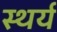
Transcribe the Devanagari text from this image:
स्थर्य